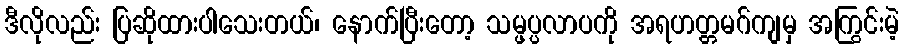
ဒီလိုလည်း ပြဆိုထားပါသေးတယ်၊ နောက်ပြီးတော့ သမ္ဖပ္ပလာပကို အရဟတ္တမဂ်ကျမှ အကြွင်းမဲ့